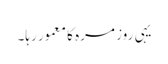
یہی روز مرہ کا معمور رہا۔